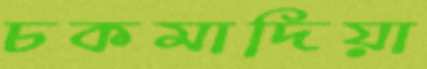
চকমাদিয়া